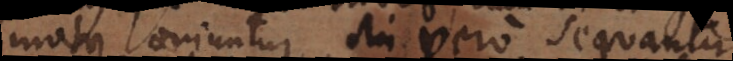
motus oriuntur, sin vero sequantur